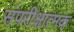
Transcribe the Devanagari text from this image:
संपरीक्षात्मक